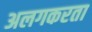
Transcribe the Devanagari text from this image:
अलगकरता